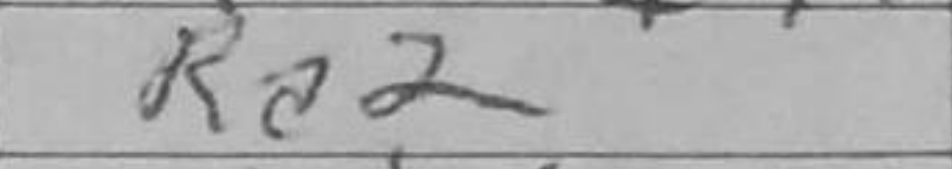
Transcription: Ra2